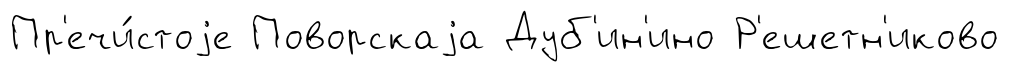
Пр'ечи́стоjе Поворскаjа Дуб'ин'ино Р'ешетн'иково